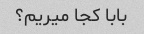
بابا کجا میریم؟